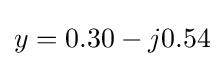
y=0.30-j0.54